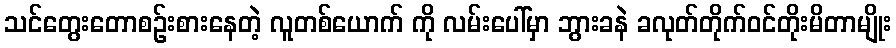
သင်တွေးတောစဉ်းစားနေတဲ့ လူတစ်ယောက် ကို လမ်းပေါ်မှာ ဘွားခနဲ ခလုတ်တိုက်ဝင်တိုးမိတာမျိုး